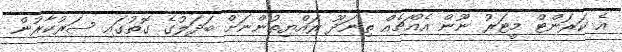
އެ ކަރަންޓް މީޓަރު ނޫން އެއްޗެއް ތިނަދޫ ރައްޔިތުންނަށް ބަދަލުގެ ގޮތުގައި ސަރުކާރުން